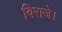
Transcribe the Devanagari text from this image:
विराजे।